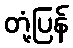
တုံ့ပြန်